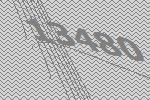
13480